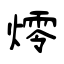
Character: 燯